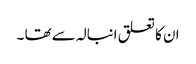
ان کا تعلق انبالہ سے تھا ۔